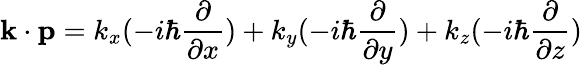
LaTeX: \mathbf{k}\cdot\mathbf{p}=k_{x}(-i\hbar{\frac{\partial}{\partial x}})+k_{y}(-i\hbar{\frac{\partial}{\partial y}})+k_{z}(-i\hbar{\frac{\partial}{\partial z}})